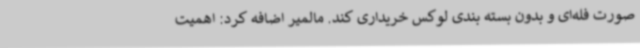
صورت فله‌ای و بدون بسته بندی لوکس خریداری کند. مالمیر اضافه کرد: اهمیت